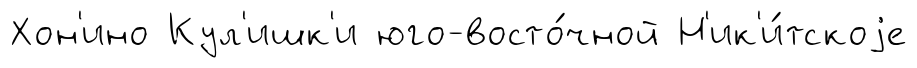
Хон'ино Кул'ишк'и юго-восто́чной Н'ик'и́тскоjе